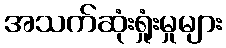
အသက်ဆုံးရှုံးမှုများ